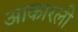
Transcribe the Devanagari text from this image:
आकारली